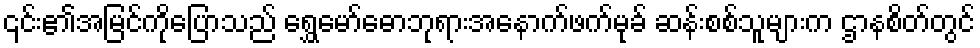
၎င်း၏အမြင်ကိုပြောသည် ရွှေမော်ဓောဘုရားအနောက်ဖက်မုခ် ဆန်းစစ်သူများက ဌာနစိတ်တွင်